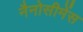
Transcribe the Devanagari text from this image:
नैनोसीमेंस